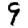
Digit: 9